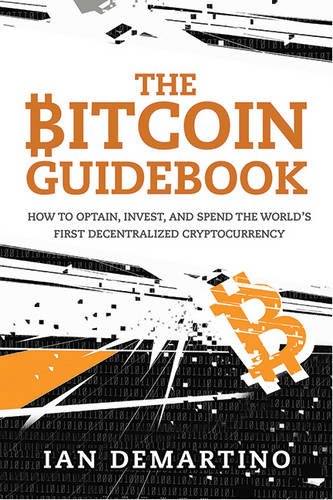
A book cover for The Bitcoin Guidebook: How to Obtain, Invest, and Spend the WorldEEs First Decentralized Cryptocurrency; Ian DeMartino; Computers & Technology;